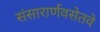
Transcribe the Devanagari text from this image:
संसारार्णवसेतवे